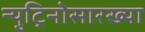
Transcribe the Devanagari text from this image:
न्युट्रिनोसारख्या